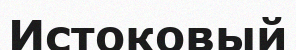
Истоковый